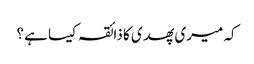
کہ میری پھدی کا ذائقہ کیسا ہے؟